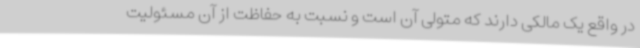
در واقع یک مالکی دارند که متولی آن است و نسبت به حفاظت از آن مسئولیت